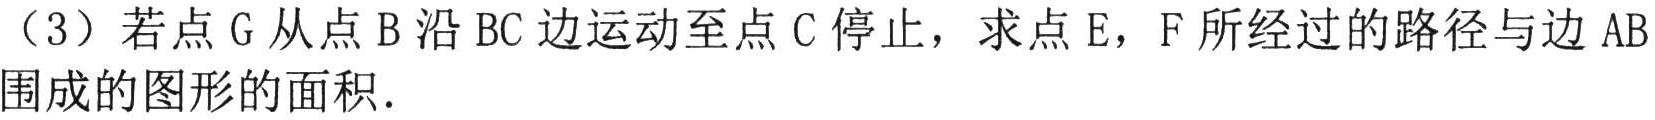
（3）若点\(G\)从点\(B\)沿\(BC\)边运动至点\(C\)停止，求点\(E\)，\(F\)所经过的路径与边\(AB\)围成的图形的面积.